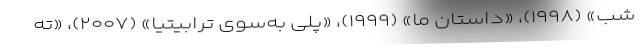
شب» (۱۹۹۸)، «داستان ما» (۱۹۹۹)، «پلی به‌سوی ترابیتیا» (۲۰۰۷)، «ته